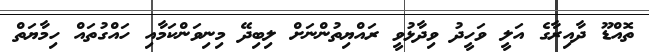
ތޮއްޑޫ ދާއިރާގެ އަލީ ވަހީދު ވިދާޅުވީ ރައްޔިތުންނަށް ލިބިދޭ މިނިވަންކަމާއި ހައްގުތައް ހިމާޔަތް